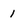
Character: 1